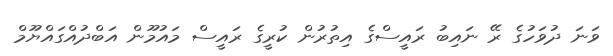
ވަނަ ދުވަހުގެ ރޭ ނައިބު ރައީސްގެ އިތުރުން ކުރީގެ ރައީސް މައުމޫން އަބްދުއްގައްޔޫމް